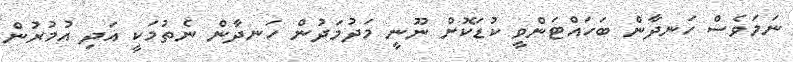
ނަމަވެސް ހަނދާން ބަހައްޓަންވީ ކުޑަކޮށް ނޫނީ މަދުމަދުން ހަނދާން ނެތުމަކީ އަދި އުމުރުން